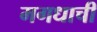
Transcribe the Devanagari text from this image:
मगधाची